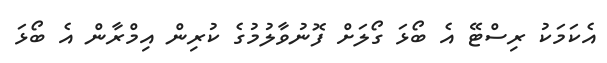
އެކަމަކު ރިސްޓޭ އެ ބޯޅަ ގޯލަށް ފޮނުވާލުމުގެ ކުރިން އިމްރާން އެ ބޯޅަ